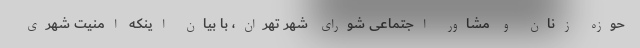
حوزه زنان و مشاور اجتماعی شورای شهر تهران، با بیان اینکه امنیت شهری